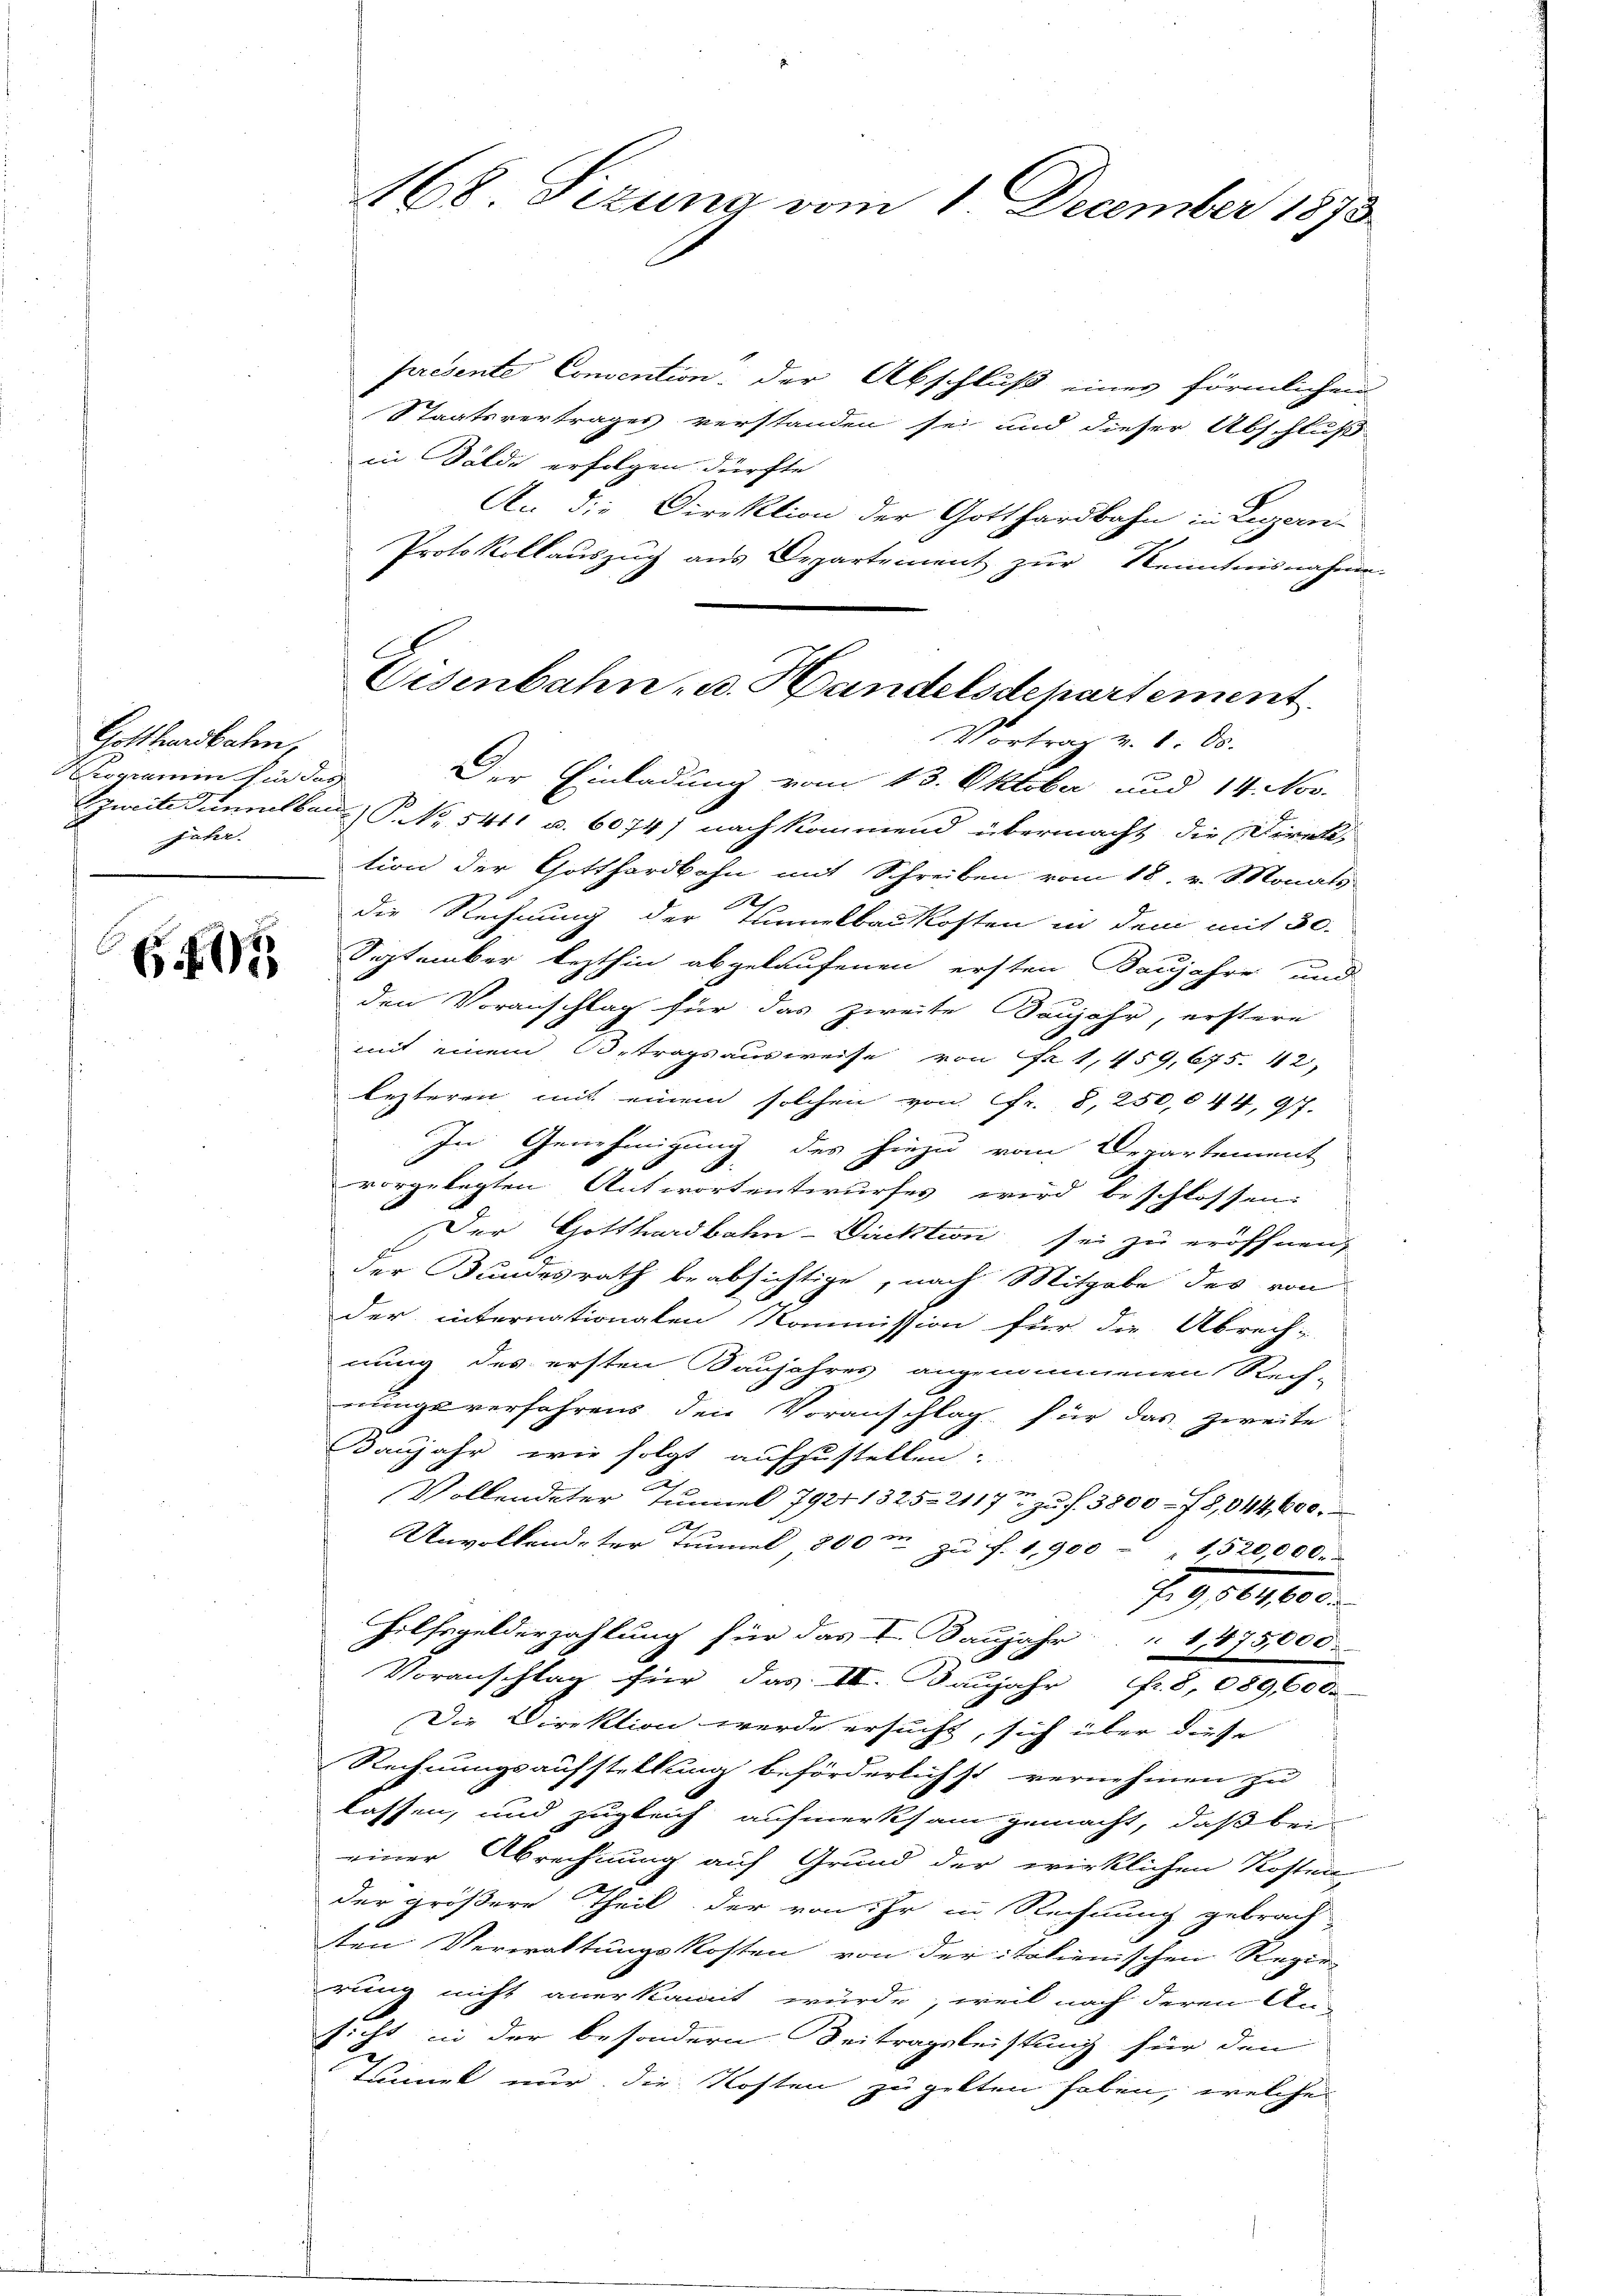
Gotthardbahn,
Pioramin fin des
jähr.

6407

presente Convention der Abschluß eines förmlichen
Staatsvertrages verstanden sei und dieser Abschluß-
in Felde erfolgen dürfte
An die Direktion der Gotthardbahn in Luzern
Protokollauszug aus Departement zur Kenntnisnahme
Der Einladung vom 13. Oktober und 14. Nov.
zweite Tumulbar P. Nr. 5411 u. 6074) nach kommend übermacht die Direktion der Gotthardbahn mit Schreiben vom 18. v. Monats
die Rechnung der Tunnelbaukosten in dem mit 30.
September lezthin abgelaufenen ersten Baujahre und
den Voranschlag für das zweite Baujahr, erstere
mit einem Betragsausweise von Fr. 1, 459,675. 12
lezteren mit einem solchen von fr. 8, 250,044, 97.
In Genehmigung des hiezu vom Departement
vorgelegten Antwortentwurfes wird beschlossen:
Der Gotthardbahn-Direktion sei zu eröffnen,
der Bundesrath beabsichtige, nach Mitgabe des von
der internationalen Kommission für die Abrech-
nung des ersten Baujahres angenommenen Rech-
nungsverfahrens den Voranschlag für das zweite
Kaujahr wie folgt aufzustellen.
Vollendeter Tunnel 7927 1325. 2117 zu f. 3800–78,044,600.
x
Unvollendeter Tunnel 800m zu f. 1,900 - 1520,000.
Erg 150,000.
Hilfsgelderzahlung für das I. Baŭjahr " 1475,000.
Voranschlag für das III. Baŭjahr fr. 8, 089,600.
Die Direktion werde ersucht, sich über diese
Rechnungsaufstellung beförderlichst vernehmen zu
lassen, und zugleich aufmerksam gemacht, daß bei
einer Abrechnung auf Grund der wirklichen Kosten
der größere Theil der von ihr in Rechnung gebrach
ten Verwaltungskosten von der italienischen Regier
rung nicht anerkannt wurde, weil nach deren An-
sicht in der besondern Beitragsleistung für den
Tunnel nur die Kosten zu gelten haben, welche

168 Sezung vom 1. December 1873.

Eisenbahn - u. Handelsdchartement.
Vortrag v. 1. ds.